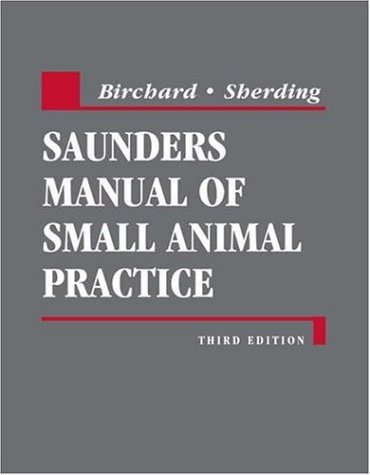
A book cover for Saunders Manual of Small Animal Practice, Third Edition; Stephen J. Birchard; Medical Books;